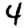
Digit: 4